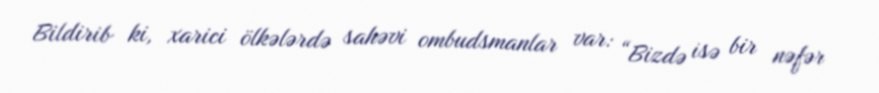
Bildirib ki, xarici ölkələrdə sahəvi ombudsmanlar var: “Bizdə isə bir nəfər